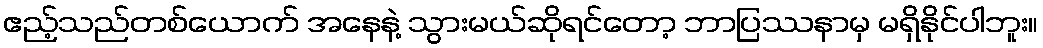
ဧည့်သည်တစ်ယောက် အနေနဲ့ သွားမယ်ဆိုရင်တော့ ဘာပြဿနာမှ မရှိနိုင်ပါဘူး။